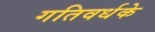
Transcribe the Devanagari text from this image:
गतिवर्धके